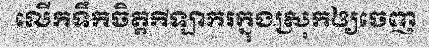
លើកទឹកចិត្តកីឡាករក្នុងស្រុកឲ្យចេញ